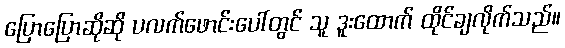
ပြောပြောဆိုဆို ပလက်ဖောင်းပေါ်တွင် သူ ဒူးထောက် ထိုင်ချလိုက်သည်။